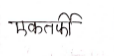
मजकूर: एकतर्फी